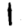
Digit: 1